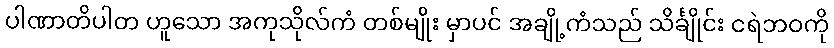
ပါဏာတိပါတ ဟူသော အကုသိုလ်ကံ တစ်မျိုး မှာပင် အချို့ကံသည် သိင်္ချိုင်း ငရဲဘဝကို